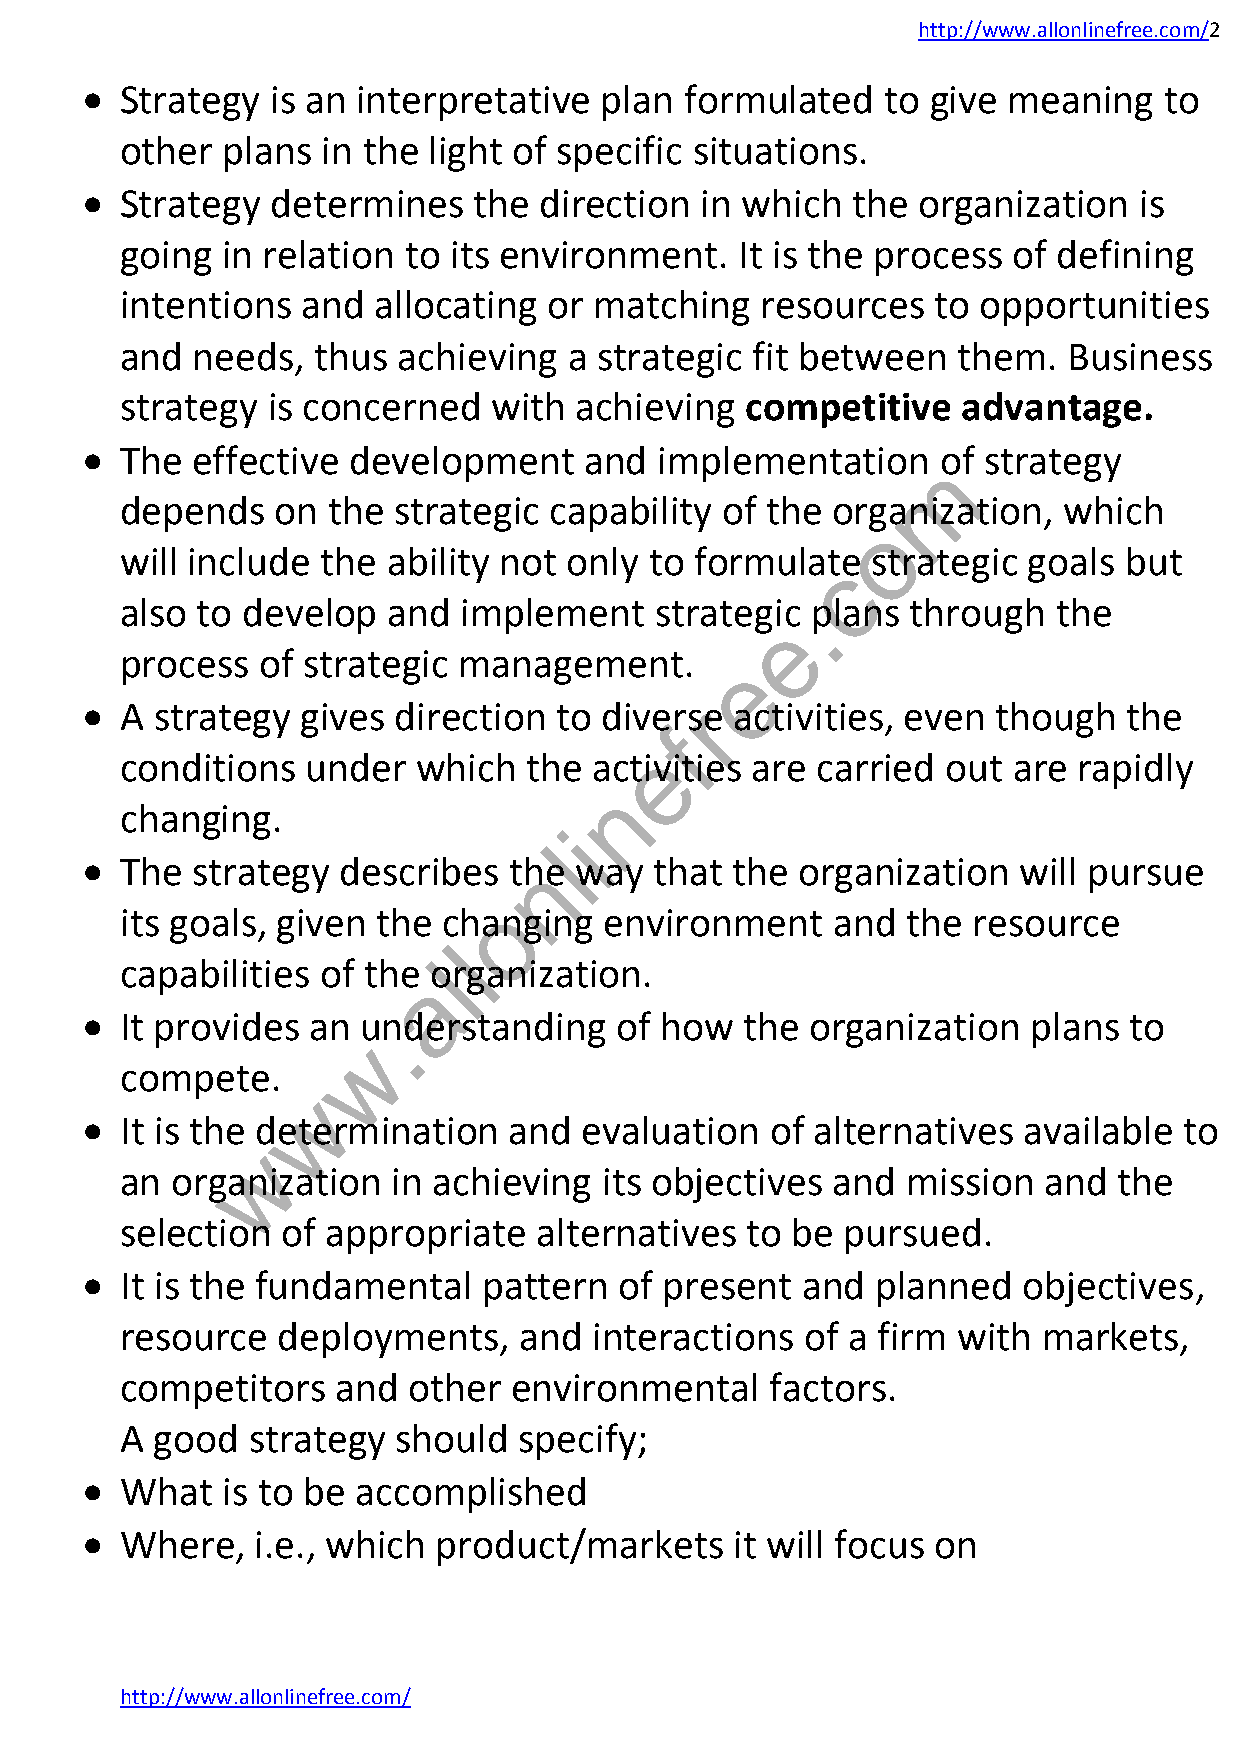
http://www.allonlinefree.com/2
   Strategy  is an interpretative  plan formulated    to give meaning   to
 other  plans in the light of specific situations.
   Strategy  determines   the  direction in which  the  organization  is
 going  in relation to its environment.   It is the process of defining
 intentions  and  allocating or matching   resources   to opportunities
 and  needs,  thus achieving   a strategic fit between  them.   Business
 strategy  is concerned   with achieving  competitive    advantage.
   The  effective development     and  implementation    of strategy
 m
 depends   on  the strategic capability  of the organization,  which
 o
 will include the  ability not only to formulate   strategic goals but
 c
 also to develop   and  implement   strategic. plans through   the
 e
 process  of strategic management.       e
   A strategy  gives direction  to diversr e activities, even though  the
 f
 e
 conditions  under   which  the activities are carried  out are rapidly
 n
 changing.
 i
 l
   The  strategy  describes  thne way that the  organization  will pursue
 o
 its goals, given the changing   environment    and  the resource
 l
 capabilities of the olrganization.
 a
   It provides an  u.nderstanding   of how  the  organization  plans  to
 w
 compete.
 w
   It is the determination   and  evaluation  of alternatives  available to
 w
 an organization   in achieving  its objectives and  mission  and  the
 selection  of appropriate   alternatives to be  pursued.
   It is the fundamental   pattern  of present  and  planned   objectives,
 resource  deployments,    and  interactions  of a firm with  markets,
 competitors   and  other  environmental    factors.
 A good  strategy  should  specify;
   What   is to be accomplished
   Where,   i.e., which product/markets     it will focus on
 http://www.allonlinefree.com/